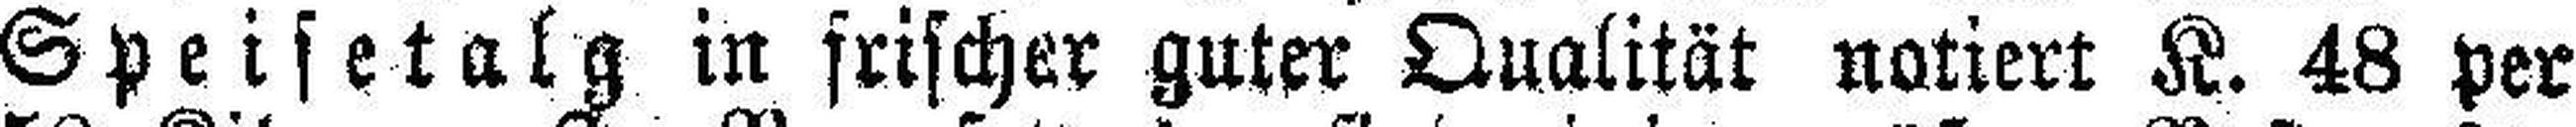
Speisetalg in frischer guter Qualität notiert K. 48 per